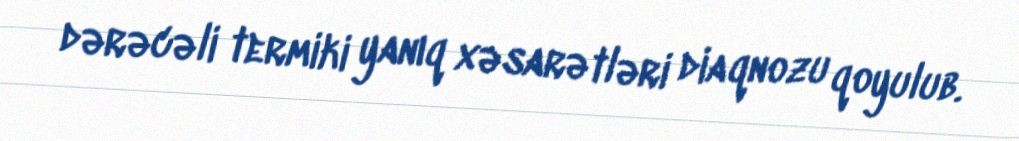
dərəcəli termiki yanıq xəsarətləri diaqnozu qoyulub.